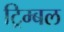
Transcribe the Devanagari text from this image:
ट्रिम्बल